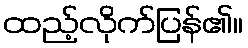
ထည့်လိုက်ပြန်၏။